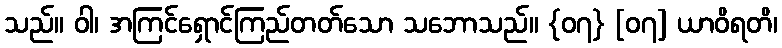
သည်။ ဝါ၊ အကြင်ရှောင်ကြည်တတ်သော သဘောသည်။ {၀၇} [၀၇] ယာဝိရတိ၊